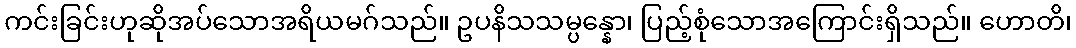
ကင်းခြင်းဟုဆိုအပ်သောအရိယမဂ်သည်။ ဥပနိသသမ္ပန္နော၊ ပြည့်စုံသောအကြောင်းရှိသည်။ ဟောတိ၊